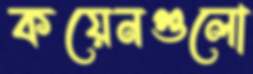
কয়েনগুলো